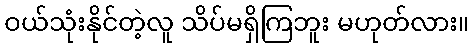
ဝယ်သုံးနိုင်တဲ့လူ သိပ်မရှိကြဘူး မဟုတ်လား။